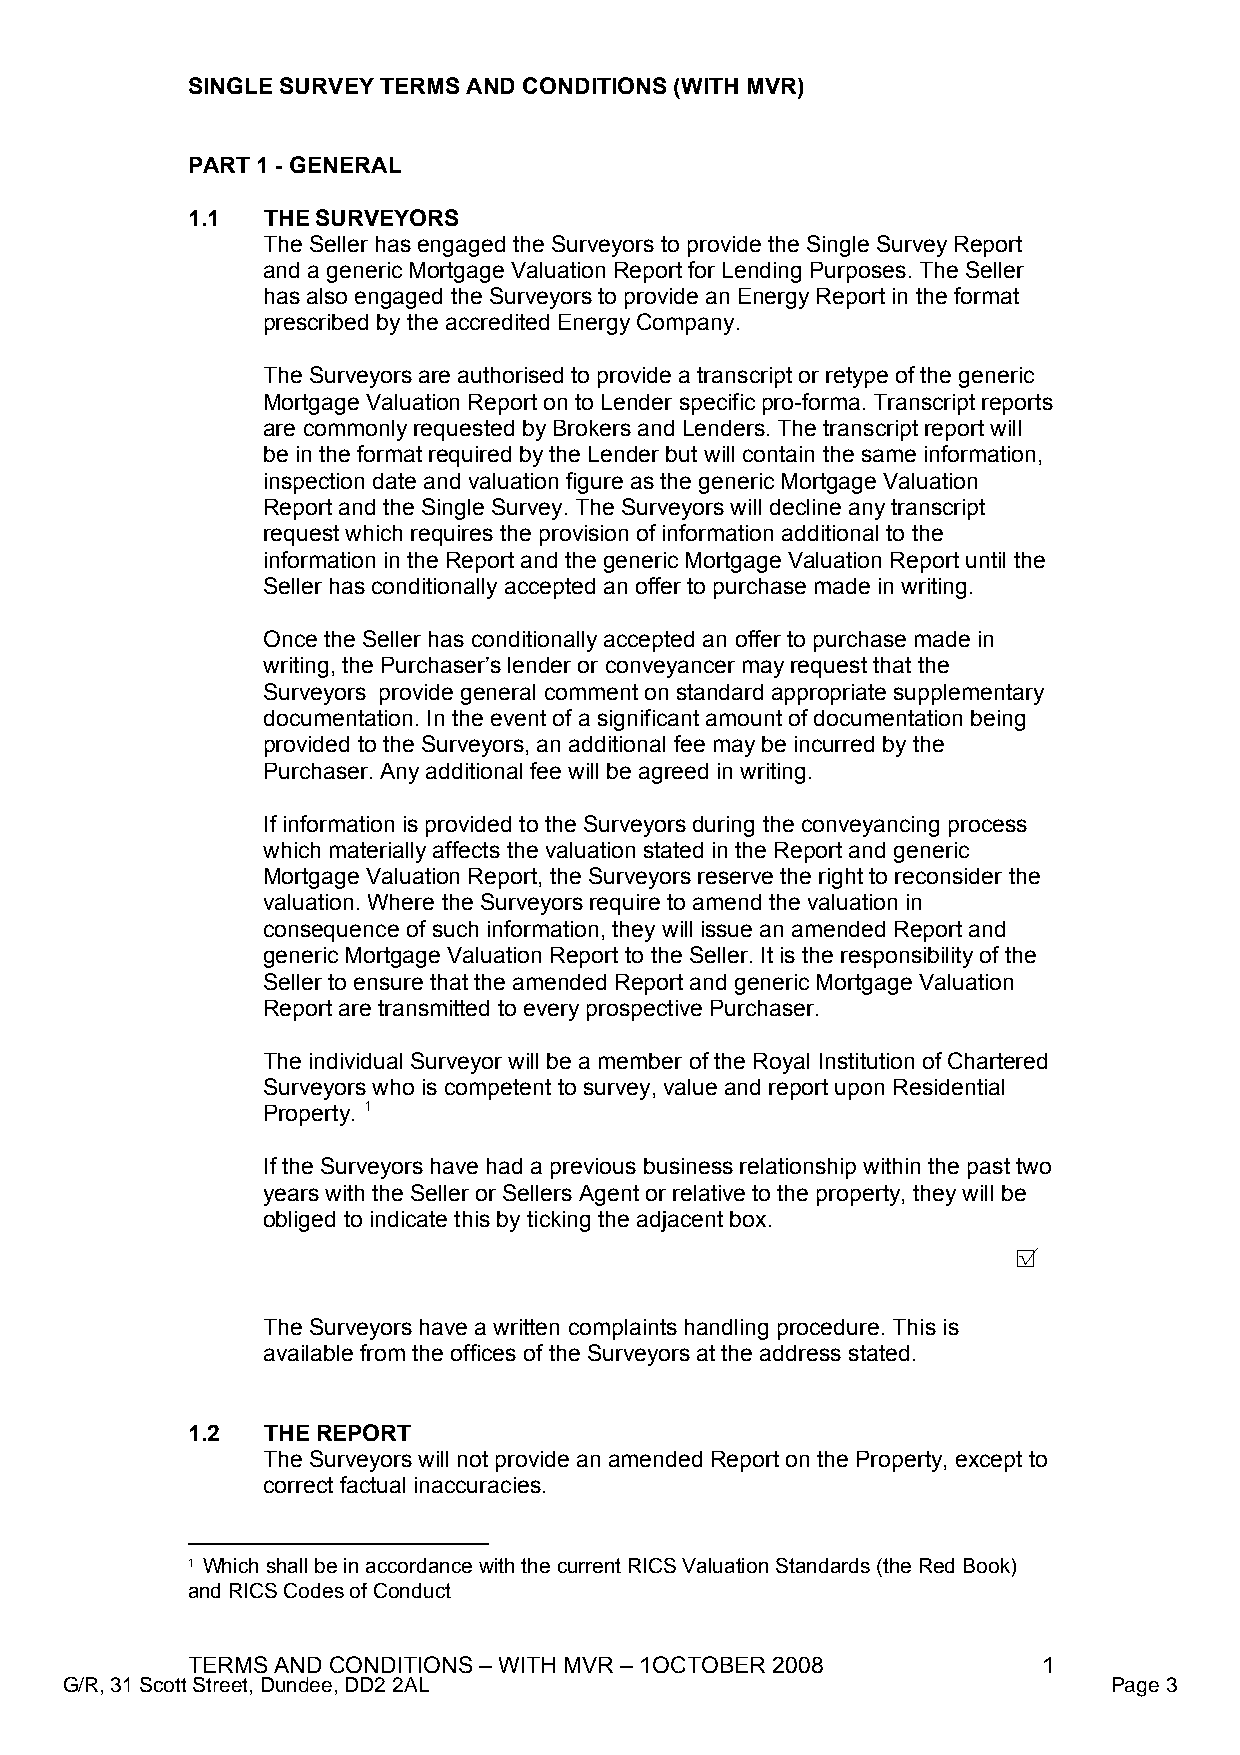
SINGLE SURVEY TERMS AND CONDITIONS (WITH MVR)
 PART 1 - GENERAL
 1.1   THE SURVEYORS
 The Seller has engaged the Surveyors to provide the Single Survey Report
 and a generic Mortgage Valuation Report for Lending Purposes. The Seller
 has also engaged the Surveyors to provide an Energy Report in the format
 prescribed by the accredited Energy Company.
 The Surveyors are authorised to provide a transcript or retype of the generic
 Mortgage Valuation Report on to Lender specific pro-forma. Transcript reports
 are commonly requested by Brokers and Lenders. The transcript report will
 be in the format required by the Lender but will contain the same information,
 inspection date and valuation figure as the generic Mortgage Valuation
 Report and the Single Survey. The Surveyors will decline any transcript
 request which requires the provision of information additional to the
 information in the Report and the generic Mortgage Valuation Report until the
 Seller has conditionally accepted an offer to purchase made in writing.
 Once the Seller has conditionally accepted an offer to purchase made in
 writing, the Purchaser’s lender or conveyancer may request that the
 Surveyors provide general comment on standard appropriate supplementary
 documentation. In the event of a significant amount of documentation being
 provided to the Surveyors, an additional fee may be incurred by the
 Purchaser. Any additional fee will be agreed in writing.
 If information is provided to the Surveyors during the conveyancing process
 which materially affects the valuation stated in the Report and generic
 Mortgage Valuation Report, the Surveyors reserve the right to reconsider the
 valuation. Where the Surveyors require to amend the valuation in
 consequence of such information, they will issue an amended Report and
 generic Mortgage Valuation Report to the Seller. It is the responsibility of the
 Seller to ensure that the amended Report and generic Mortgage Valuation
 Report are transmitted to every prospective Purchaser.
 The individual Surveyor will be a member of the Royal Institution of Chartered
 Surveyors who is competent to survey, value and report upon Residential
 Property. 1
 If the Surveyors have had a previous business relationship within the past two
 years with the Seller or Sellers Agent or relative to the property, they will be
 obliged to indicate this by ticking the adjacent box.
 □
 √
 The Surveyors have a written complaints handling procedure. This is
 available from the offices of the Surveyors at the address stated.
 1.2   THE REPORT
 The Surveyors will not provide an amended Report on the Property, except to
 correct factual inaccuracies.
 1 Which shall be in accordance with the current RICS Valuation Standards (the Red Book)
 and RICS Codes of Conduct
 TERMS AND CONDITIONS – WITH MVR – 1OCTOBER 2008          1
 G/R, 31 Scott Street, Dundee, DD2 2AL                                 Page 3